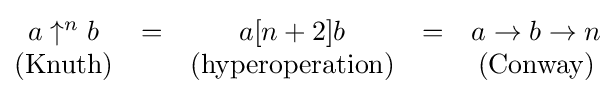
{\begin{matrix}a\uparrow ^{n}b&=&a[n+2]b&=&a\to b\to n\\{\text{(Knuth)}}&&{\text{(hyperoperation)}}&&{\text{(Conway)}}\end{matrix}}